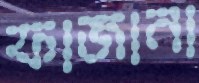
ফাজানা